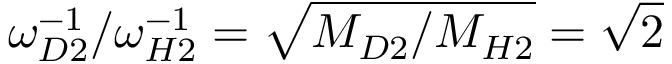
\omega _ { D 2 } ^ { - 1 } / \omega _ { H 2 } ^ { - 1 } = \sqrt { M _ { D 2 } / M _ { H 2 } } = \sqrt { 2 }